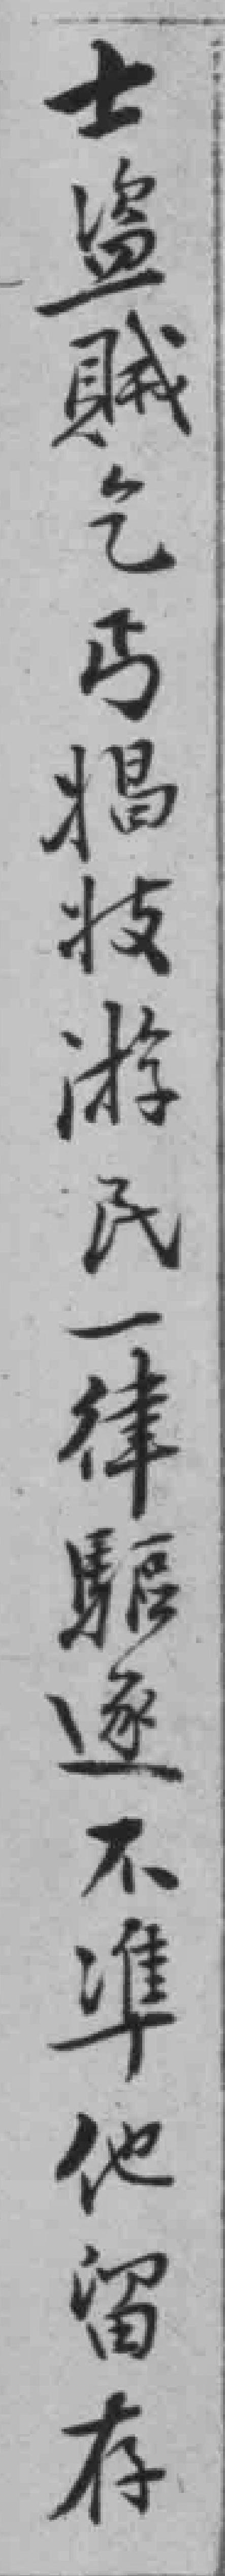
士盗賊乞丐倡妓游民一律驅逐不準他留存